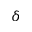
\delta